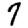
Digit: 7